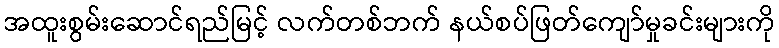
အထူးစွမ်းဆောင်ရည်မြင့် လက်တစ်ဘက် နယ်စပ်ဖြတ်ကျော်မှုခင်းများကို